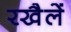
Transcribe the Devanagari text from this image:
रखैलें